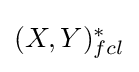
{\textstyle (X,Y)_{fcl}^{\ast }}